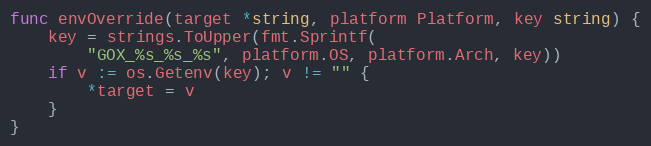
Language: Go
func envOverride(target *string, platform Platform, key string) {
	key = strings.ToUpper(fmt.Sprintf(
		"GOX_%s_%s_%s", platform.OS, platform.Arch, key))
	if v := os.Getenv(key); v != "" {
		*target = v
	}
}